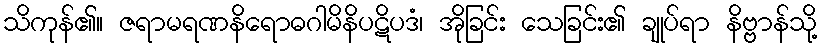
သိကုန်၏။ ဇရာမရဏနိရောဓဂါမိနိပဋိပဒံ၊ အိုခြင်း သေခြင်း၏ ချုပ်ရာ နိဗ္ဗာန်သို့